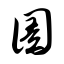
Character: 圄